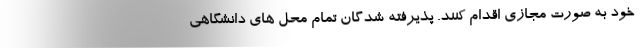
خود به صورت مجازی اقدام کنند. پذیرفته شدگان تمام محل های دانشگاهی